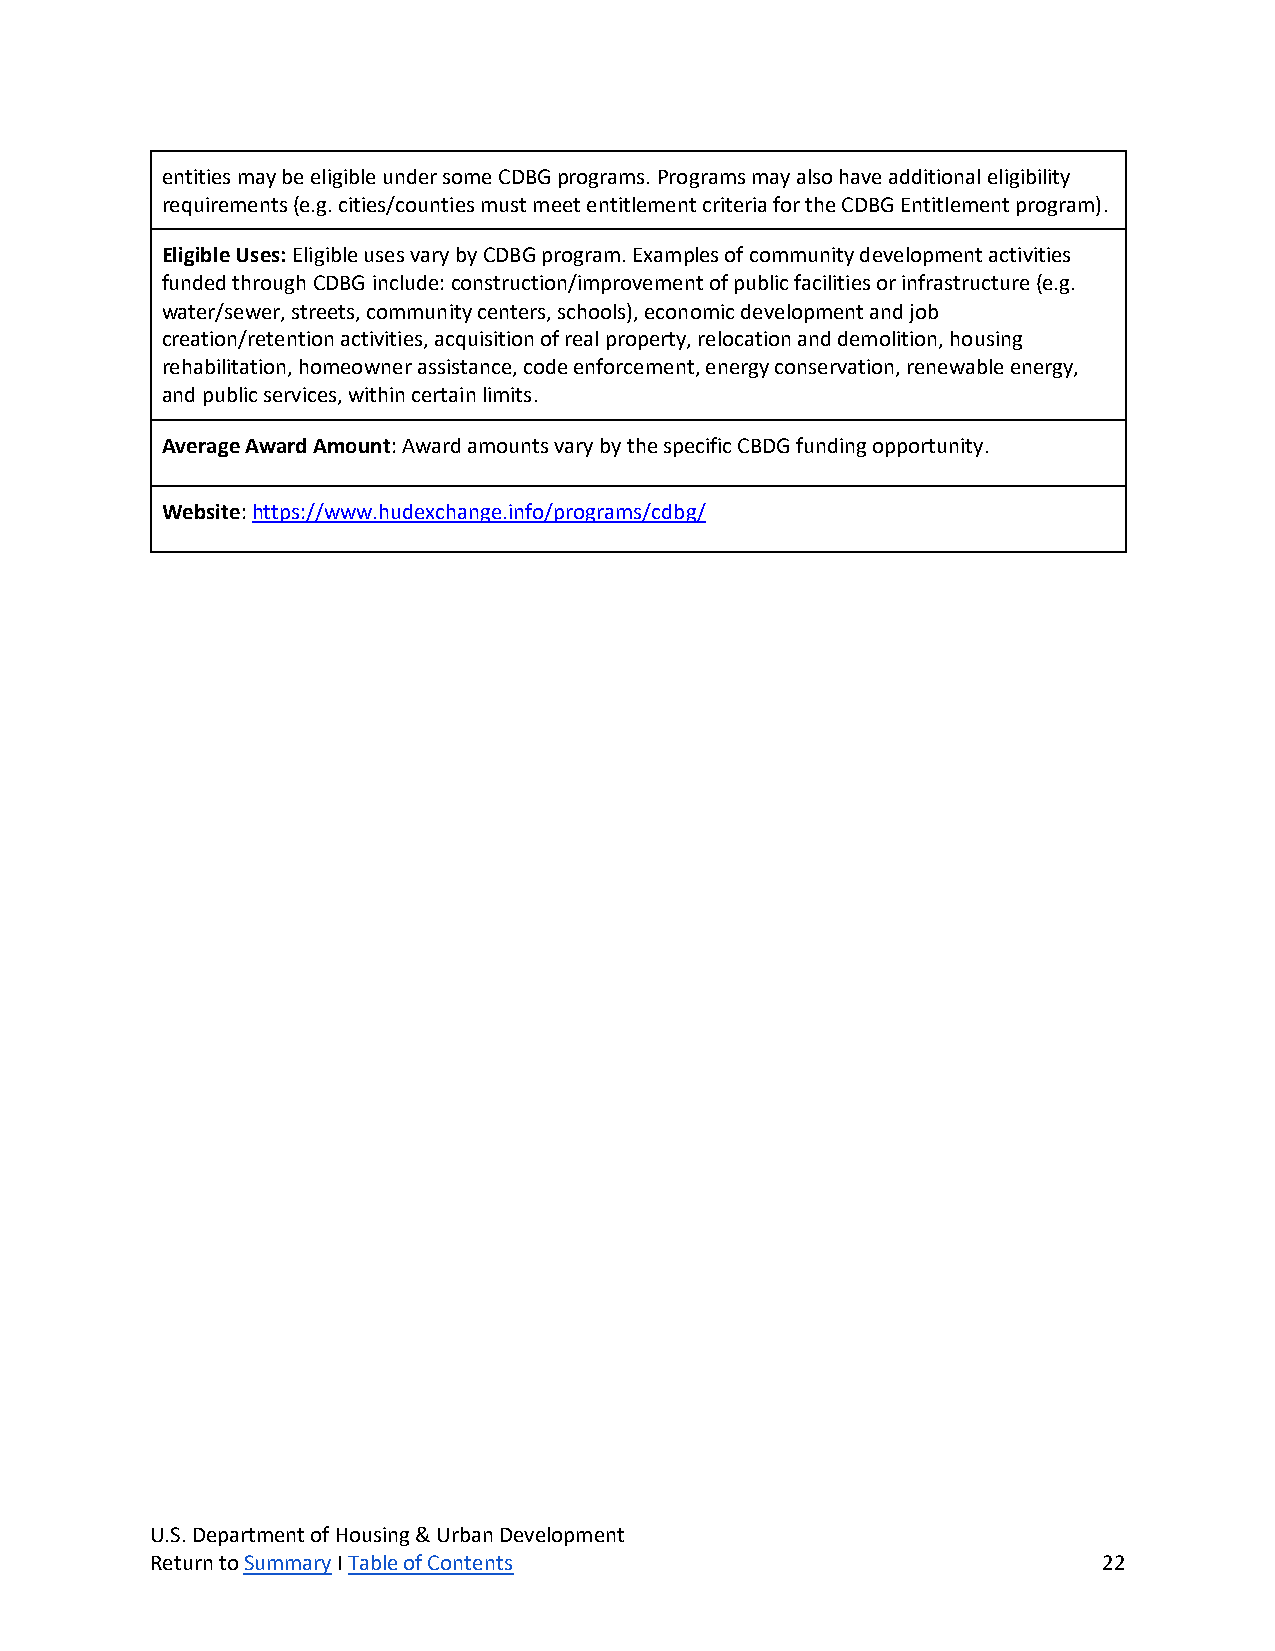
entities may be eligible under some CDBG programs. Programs may also have additional eligibility
 requirements (e.g. cities/counties must meet entitlement criteria for the CDBG Entitlement program).
 Eligible Uses: Eligible uses vary by CDBG program. Examples of community development activities
 funded through CDBG include: construction/improvement of public facilities or infrastructure (e.g.
 water/sewer, streets, community centers, schools), economic development and job
 creation/retention activities, acquisition of real property, relocation and demolition, housing
 rehabilitation, homeowner assistance, code enforcement, energy conservation, renewable energy,
 and public services, within certain limits.
 Average Award Amount: Award amounts vary by the specific CBDG funding opportunity.
 Website: https://www.hudexchange.info/programs/cdbg/
 U.S. Department of Housing & Urban Development
 Return to Summary I Table of Contents                          22